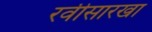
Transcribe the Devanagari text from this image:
रवीसारखा